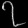
Digit: ၇